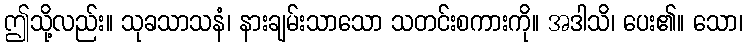
ဤသို့လည်း။ သုခသာသနံ၊ နားချမ်းသာသော သတင်းစကားကို။ အဒါသိ၊ ပေး၏။ သော၊